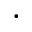
\cdot